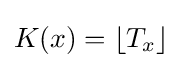
K(x)=\lfloor T_{x}\rfloor